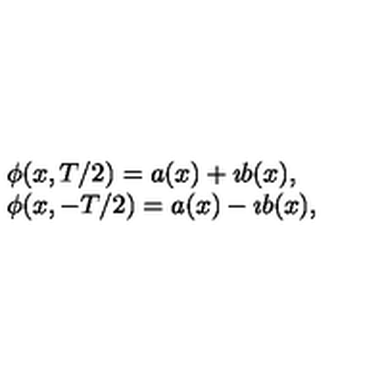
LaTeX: \begin{array} { l } { \phi ( x , T / 2 ) = a ( x ) + \imath b ( x ) , \nonumber } \\ { \phi ( x , - T / 2 ) = a ( x ) - \imath b ( x ) , } \\ \end{array}